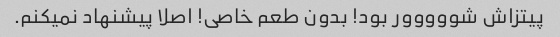
پیتزاش شووووور بود! بدون طعم خاصی! اصلا پیشنهاد نمیکنم.